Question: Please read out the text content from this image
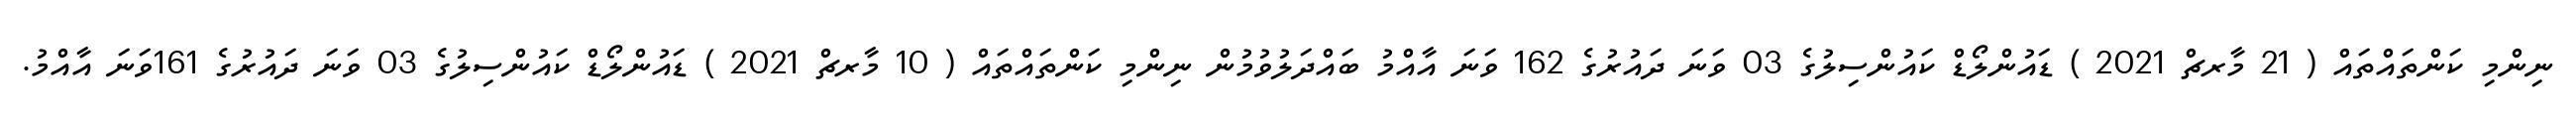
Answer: ނިންމި ކަންތައްތައް ( 21 މާރޗް 2021 ) ޑައުންލޯޑް ކައުންސިލުގެ 03 ވަނަ ދައުރުގެ 162 ވަނަ އާއްމު ބައްދަލުވުމުން ނިންމި ކަންތައްތައް ( 10 މާރޗް 2021 ) ޑައުންލޯޑް ކައުންސިލުގެ 03 ވަނަ ދައުރުގެ 161ވަނަ އާއްމު.